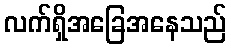
လက်ရှိအခြေအနေသည်